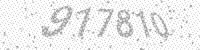
Solution: 917810